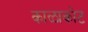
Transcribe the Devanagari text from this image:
काळाकोट